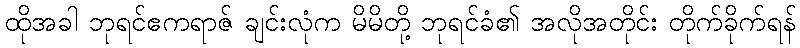
ထိုအခါ ဘုရင်ဧကရာဇ် ချင်းလုံက မိမိတို့ ဘုရင်ခံ၏ အလိုအတိုင်း တိုက်ခိုက်ရန်